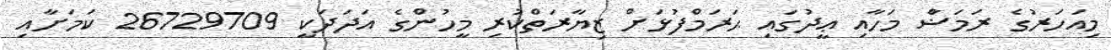
މިއަަހަރުގެ ރަމަޟާް މަހާއި ޢީދުގައި ޙަރަަމްފުޅަށް ޒިޔާރަތްކުރި މީހުންގެ އަދަދަކީ 26729709 ކަމަށާއި